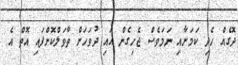
ދޮގެއް ހެދި ކަމަށާއި ނަމަވެސް ޖެހިގެން އައި ދުވަހަށް ތާވަލްކޮށްފައި އޮތް އެ